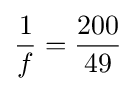
{\frac {1}{f}}={\frac {200}{49}}